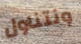
ونتناول